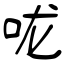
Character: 咙